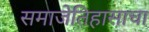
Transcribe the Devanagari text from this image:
समाजेतिहासाचा